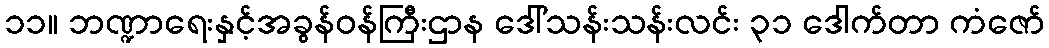
၁၁။ ဘဏ္ဍာရေးနှင့်အခွန်ဝန်ကြီးဌာန ဒေါ်သန်းသန်းလင်း ၃၁ ဒေါက်တာ ကံဇော်